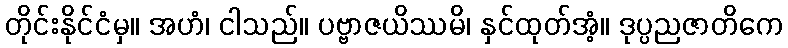
တိုင်းနိုင်ငံမှ။ အဟံ၊ ငါသည်။ ပဗ္ဗာဇယိဿမိ၊ နှင်ထုတ်အံ့။ ဒုပ္ပညဇာတိကေ